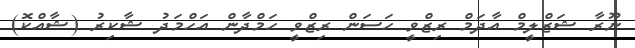
ނޫރާ ޝަޒްލީމް އާދަމް ރިޒްވީ ހަސަން ރިޒްވީ ހަމްދާން އަހްމަދު ޝާކިރު (ޝާއްކޮ)